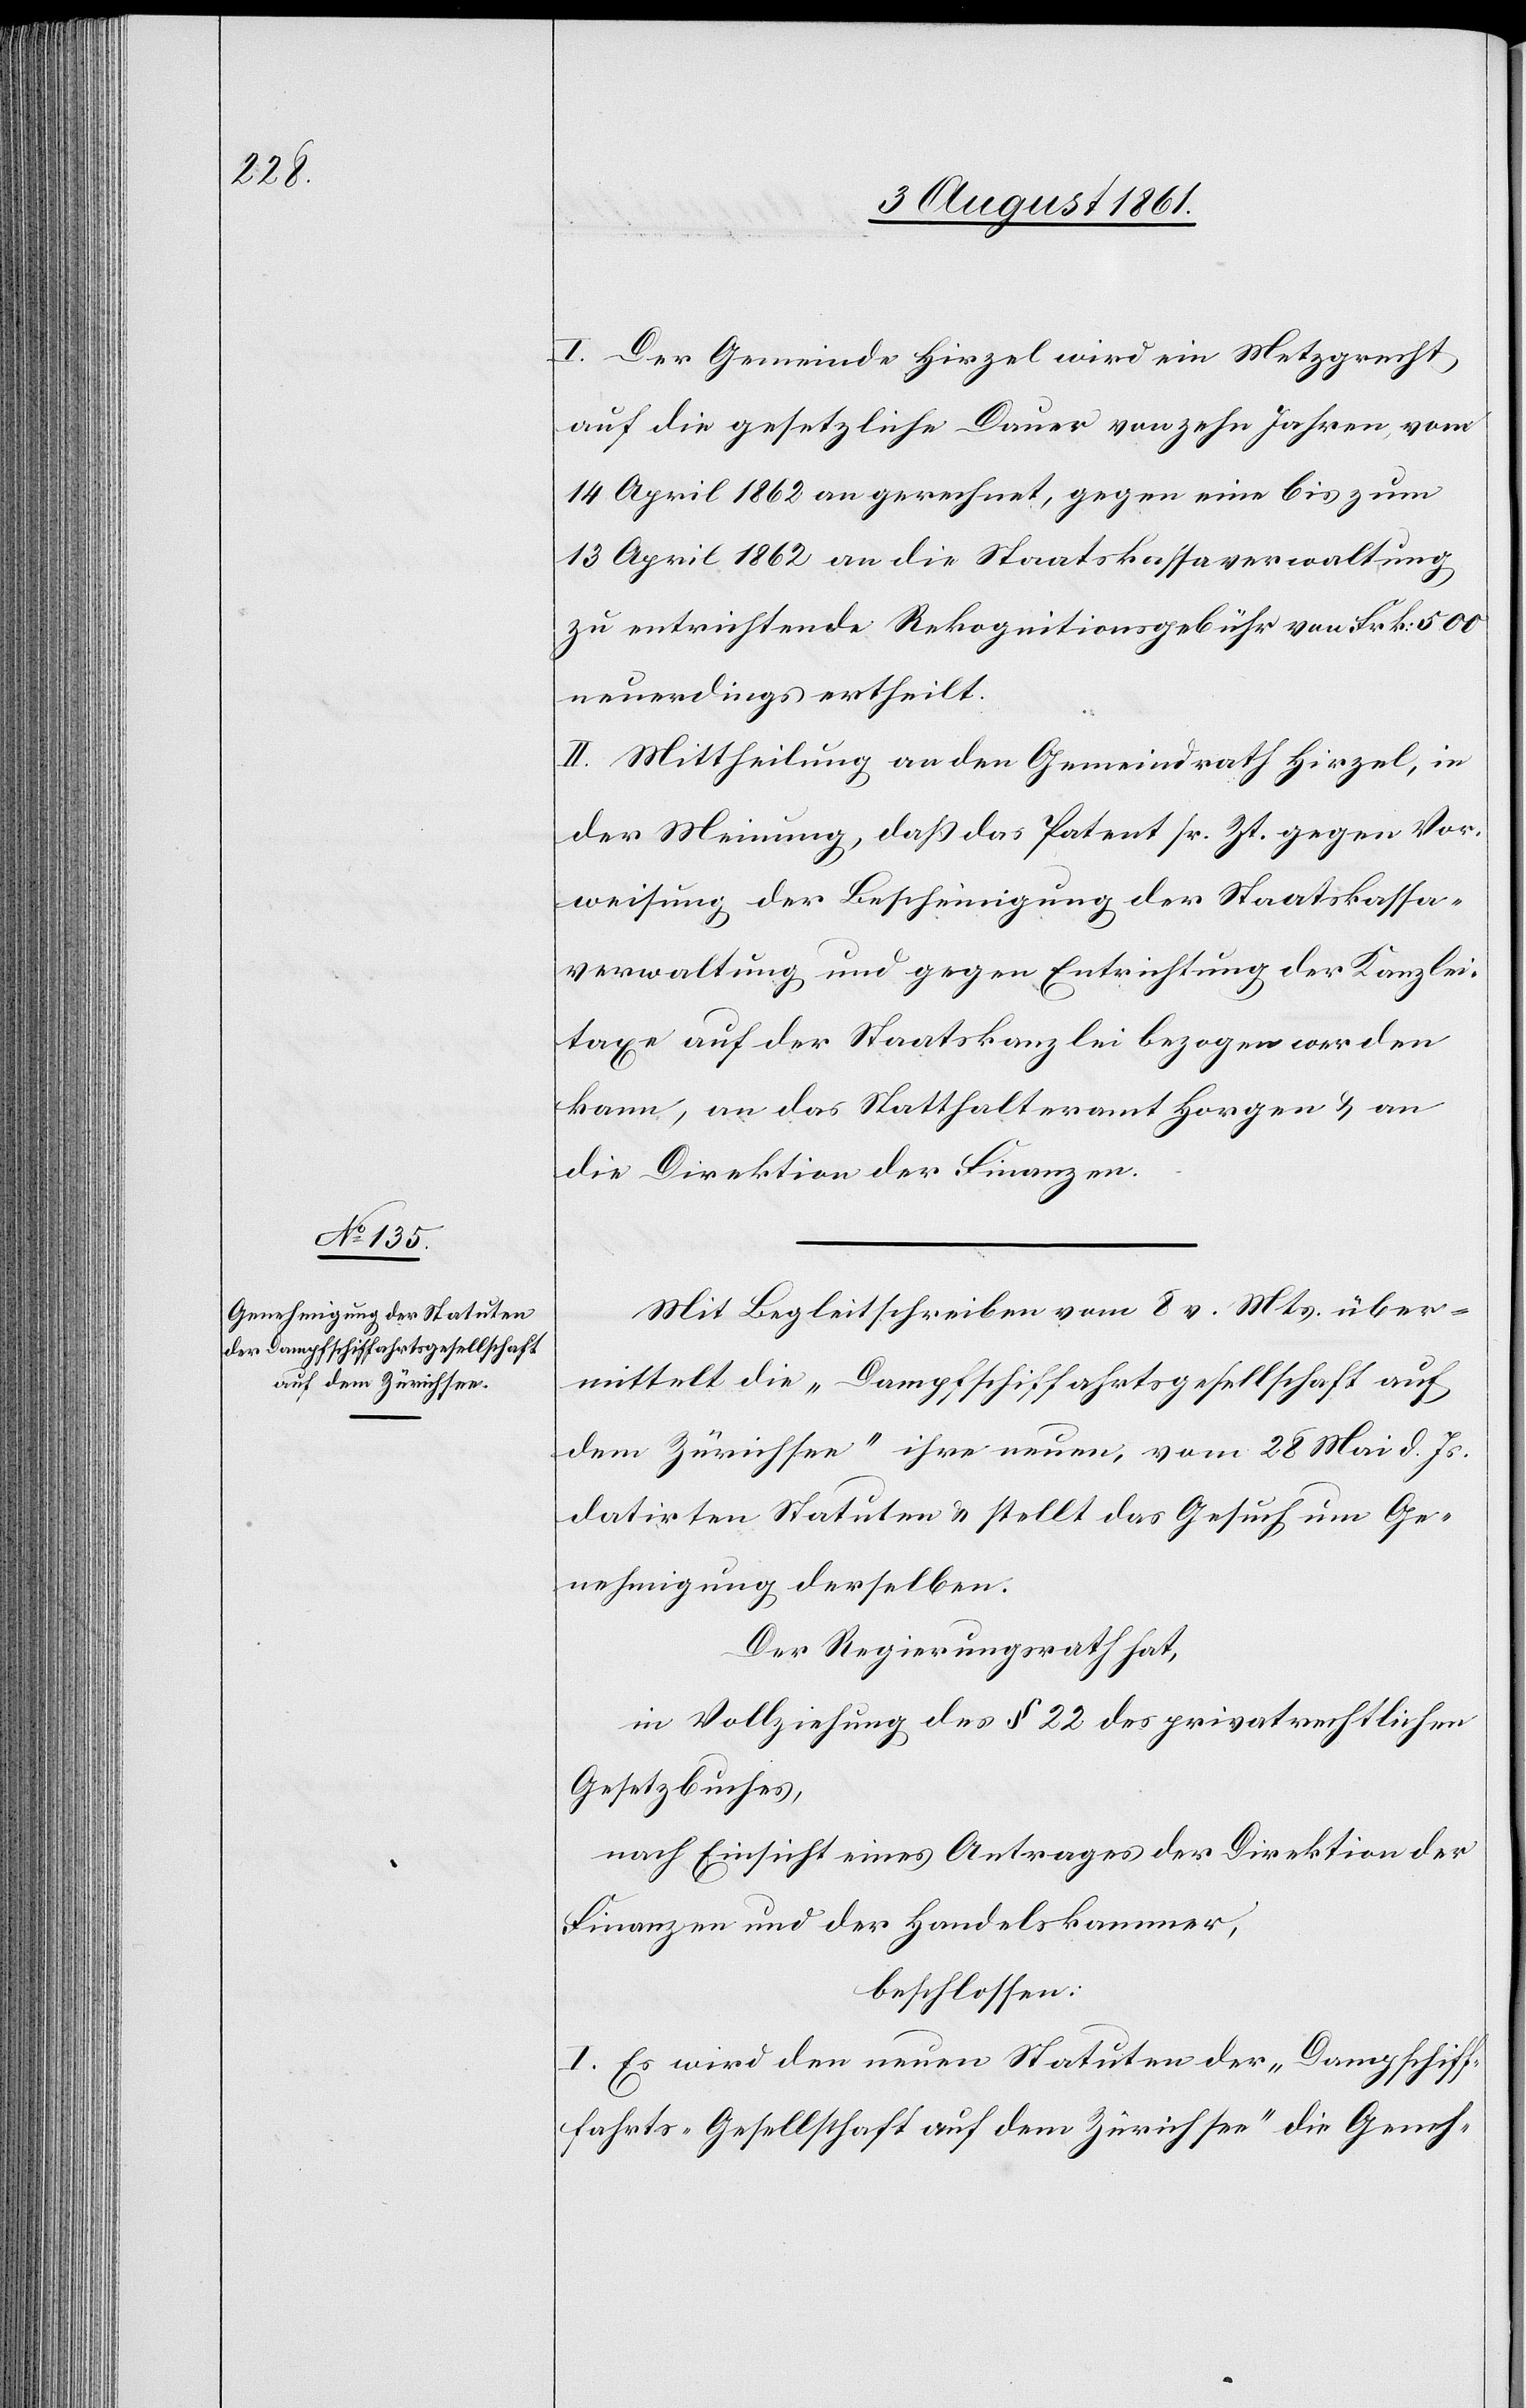
I. Der Gemeinde Hirzel wird ein Metzgrecht
auf die gesetzliche Dauer von zehn Jahren vom
14 April 1862 an gerechnet, gegen eine bis zum
13 April 1862 an die Staatskassa zu entrichtende
neuerdings ertheilt.
II. Mittheilung an den Gemeindrath Hirzel, in
der Meinung, daß das Patent sr. Zt. gegen Vor¬
weisung der Bescheinigung der Staatskassa¬
verwaltung und gegen Entrichtung der Kanzlei¬
taxe auf der Staatskanzlei bezogen werden
kann, an das Statthalteramt Horgen u. an
die Direktion der Finanzen.
Mit Begleitschreiben vom 8 v. Mts. über¬
mittelt die „Dampfschiffahrtsgesellschaft auf
dem Zürichsee“ ihre neuen, vom 28 Mai d. Js.
datirten Statuten u. stellt das Gesuch um Ge¬
nehmigung derselben.
Der Regierungsrath hat,
in Vollziehung des § 22 des privatrechtlichen
Gesetzbuches,
nach Einsicht eines Antrages der Direktion der
Finanzen und der Handelskammer,
beschlossen:
I. Es wird den neuen Statuten der „Dampfschif¬
fahrts-Gesellschaft auf dem Zürichsee“ die Geneh-